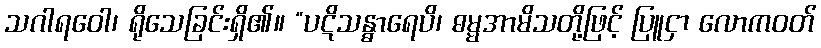
သဂါရဝေါ၊ ရိုသေခြင်းရှိ၏။ “ပဋိသန္ဓာရေပိ၊ ဓမ္မအာမိသတို့ဖြင့် ပြူငှာ လောကဝတ်